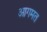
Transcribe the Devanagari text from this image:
आगमत